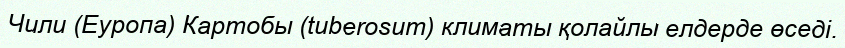
Чили (Еуропа) Картобы (tuberosum) климаты қолайлы елдерде өседі.